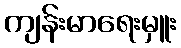
ကျန်းမာရေးမှူး